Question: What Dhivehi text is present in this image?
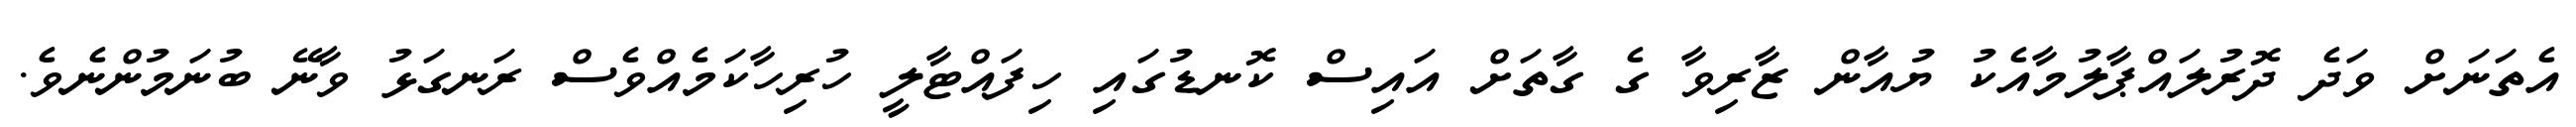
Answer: އެތަނަށް ވަދެ ދޮރުލައްޕާލުމާއެކު ޔުއާން ޒާރިވާ ގެ ގާތަށް އައިސް ކޮނޑުގައި ހިފައްޓާލީ ހުރިހާކަމެއްވެސް ރަނގަޅު ވާނޭ ބުނަމުންނެވެ.